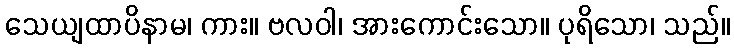
သေယျထာပိနာမ၊ ကား။ ဗလဝါ၊ အားကောင်းသော။ ပုရိသော၊ သည်။